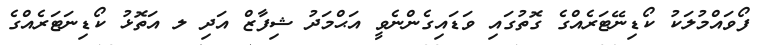
ފޯވައްމުލަކު ކޯޑިނޭޓަރެއްގެ ގޮތުގައި ވަޑައިގެންނެވީ އަޙްމަދު ޝިފާޒް އަދި ލ އަތޮޅު ކޯޑިނަޓަރެއްގެ